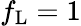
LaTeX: f_{\mathrm{L}}=1